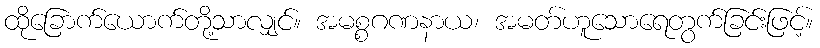
ထိုခြောက်ယောက်တို့သာလျှင်။ အမစ္စဂဏနာယ၊ အမတ်ဟူသောရေတွက်ခြင်းဖြင့်။